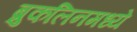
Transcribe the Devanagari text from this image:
ब्रुकलिनमध्ये